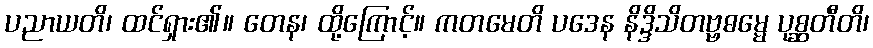
ပညာယတိ၊ ထင်ရှား၏။ တေန၊ ထို့ကြောင့်။ ကတမေတိ ပဒေန နိဒ္ဒိသိတဗ္ဗဓမ္မေ ပုစ္ဆတီတိ၊